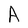
Character: A